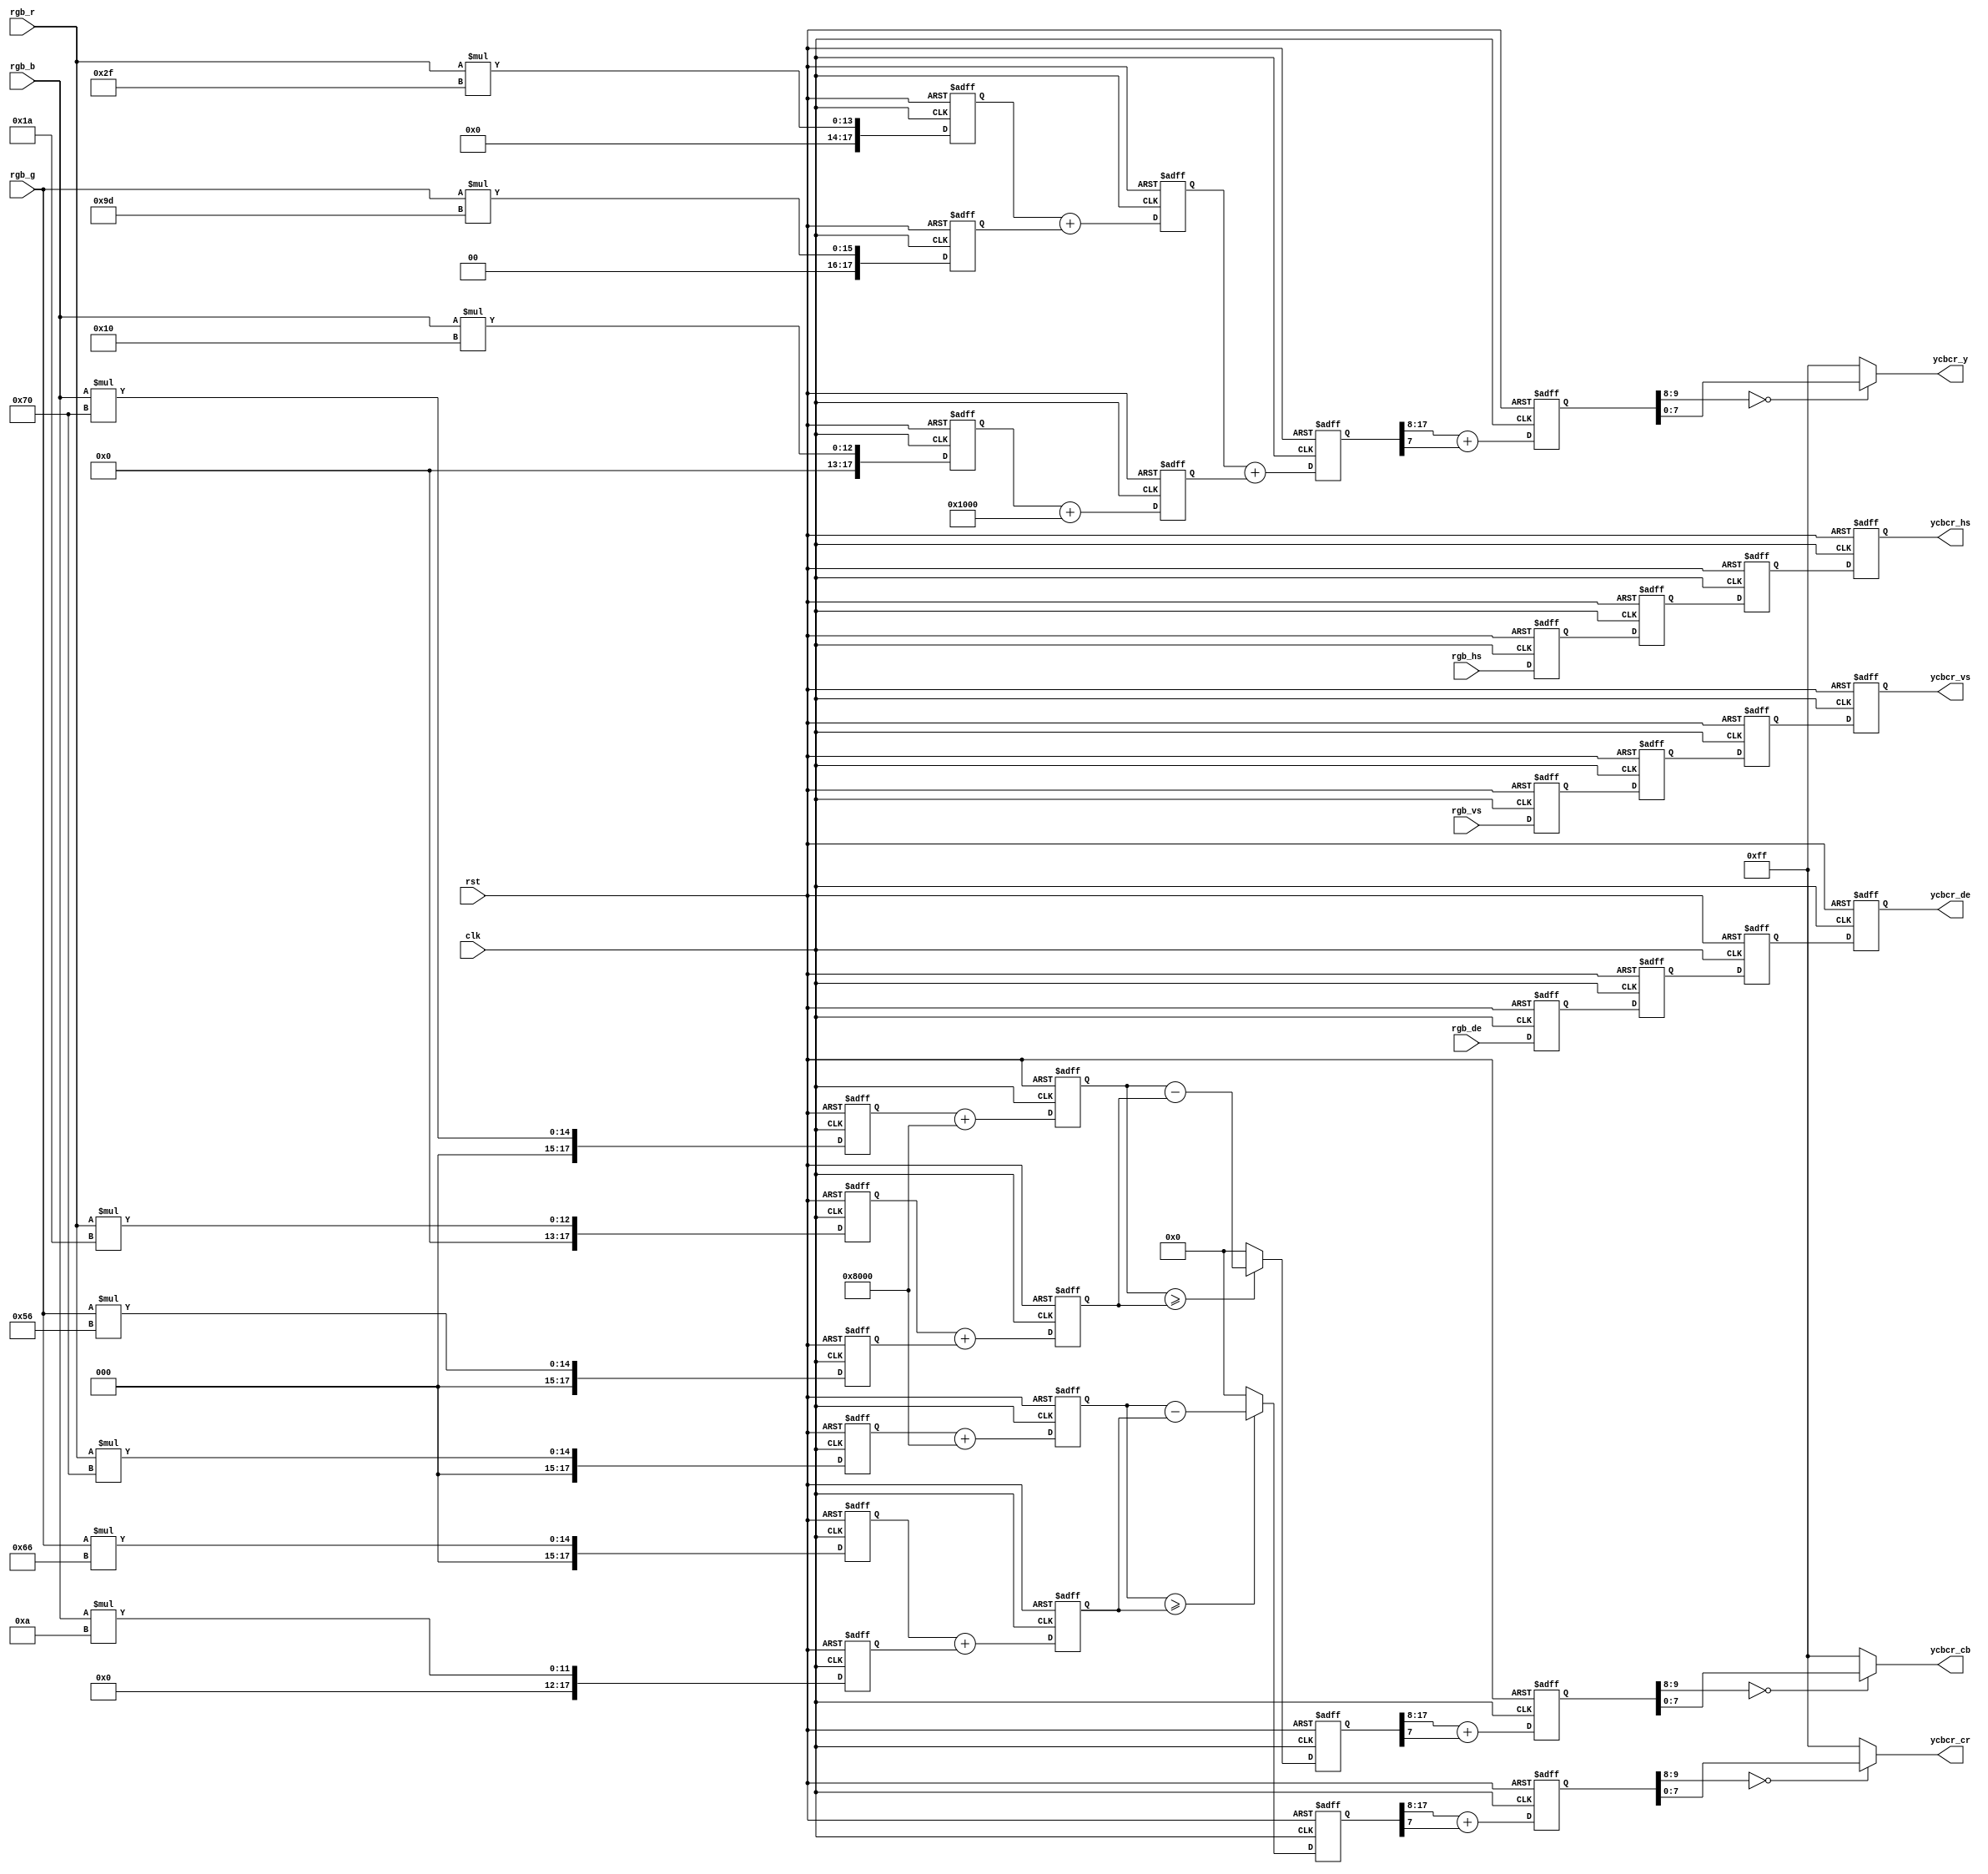
//////////////////////////////////////////////////////////////////////////////////
//                                                                              //
//                                                                              //
//          msq@qq.com                                                          //
//          ALINX(shanghai) Technology Co.,Ltd                                  //
//          heijin                                                              //
//     WEB: http://www.alinx.cn/                                                //
//     BBS: http://www.heijin.org/                                              //
//                                                                              //
//////////////////////////////////////////////////////////////////////////////////
//                                                                              //
// Copyright (c) 2017,ALINX(shanghai) Technology Co.,Ltd                        //
//                    All rights reserved                                       //
//                                                                              //
// This source file may be used and distributed without restriction provided    //
// that this copyright statement is not removed from the file and that any      //
// derivative work contains the original copyright notice and the associated    //
// disclaimer.                                                                  //
//                                                                              //
//////////////////////////////////////////////////////////////////////////////////
//    Y  =  0.183R + 0.614G + 0.062B + 16
//    CB = -0.101R - 0.338G + 0.439B + 128
//    CR =  0.439R - 0.399G - 0.040B + 128
//================================================================================
//  Revision History:
//  Date          By            Revision    Change Description
//--------------------------------------------------------------------------------
//  2017/7/19     meisq          1.0         Original
//*******************************************************************************/
`timescale 1ns/1ps
module  rgb_to_ycbcr(
	input                       clk,
	input                       rst,	
	input[7:0]                  rgb_r,
	input[7:0]                  rgb_g,
	input[7:0]                  rgb_b,
	input                       rgb_hs,
	input                       rgb_vs,
	input                       rgb_de,
	output[7:0]                 ycbcr_y,
	output[7:0]                 ycbcr_cb,
	output[7:0]                 ycbcr_cr,
	output reg                  ycbcr_hs,
	output reg                  ycbcr_vs,
	output reg                  ycbcr_de
);

//multiply 256
parameter para_0183_10b = 10'd47;
parameter para_0614_10b = 10'd157;
parameter para_0062_10b = 10'd16;
parameter para_0101_10b = 10'd26; 
parameter para_0338_10b = 10'd86;
parameter para_0439_10b = 10'd112;
parameter para_0399_10b = 10'd102;
parameter para_0040_10b = 10'd10;
parameter para_16_18b   = 18'd4096;
parameter para_128_18b  = 18'd32768;

wire                           sign_cb;
wire                           sign_cr;
reg[17:0]                      mult_r_for_y_18b;
reg[17:0]                      mult_r_for_cb_18b;
reg[17:0]                      mult_r_for_cr_18b;
reg[17:0]                      mult_g_for_y_18b;
reg[17:0]                      mult_g_for_cb_18b;
reg[17:0]                      mult_g_for_cr_18b;
reg[17:0]                      mult_b_for_y_18b;
reg[17:0]                      mult_b_for_cb_18b;
reg[17:0]                      mult_b_for_cr_18b;
reg[17:0]                      add_y_0_18b;
reg[17:0]                      add_cb_0_18b;
reg[17:0]                      add_cr_0_18b;
reg[17:0]                      add_y_1_18b;
reg[17:0]                      add_cb_1_18b;
reg[17:0]                      add_cr_1_18b;
reg[17:0]                      result_y_18b;
reg[17:0]                      result_cb_18b;
reg[17:0]                      result_cr_18b;
reg[9:0]                       y_tmp;
reg[9:0]                       cb_tmp;
reg[9:0]                       cr_tmp;
reg                            i_h_sync_delay_1;
reg                            i_v_sync_delay_1;
reg                            i_data_en_delay_1;
reg                            i_h_sync_delay_2;
reg                            i_v_sync_delay_2;
reg                            i_data_en_delay_2;
reg                            i_h_sync_delay_3;
reg                            i_v_sync_delay_3;
reg                            i_data_en_delay_3;
//LV1 pipeline : mult
always@(posedge clk or posedge rst)
begin
	if(rst == 1'b1)
	begin
		mult_r_for_y_18b <= 18'd0;
		mult_r_for_cb_18b <= 18'd0;
		mult_r_for_cr_18b <= 18'd0;
	end
	else
	begin
		mult_r_for_y_18b <= rgb_r * para_0183_10b;
		mult_r_for_cb_18b <= rgb_r * para_0101_10b;
		mult_r_for_cr_18b <= rgb_r * para_0439_10b;
	end
end

always@(posedge clk or posedge rst)
begin
	if(rst == 1'b1)
	begin
		mult_g_for_y_18b <= 18'd0;
		mult_g_for_cb_18b <= 18'd0;
		mult_g_for_cr_18b <= 18'd0;
	end
	else
	begin
		mult_g_for_y_18b  <= rgb_g * para_0614_10b;
		mult_g_for_cb_18b <= rgb_g * para_0338_10b;
		mult_g_for_cr_18b <= rgb_g * para_0399_10b;
	end
end
 
always@(posedge clk or posedge rst)
begin
	if(rst == 1'b1)
	begin
		mult_b_for_y_18b <= 18'd0;
		mult_b_for_cb_18b <= 18'd0;
		mult_b_for_cr_18b <= 18'd0;
	end
	else
	begin
		mult_b_for_y_18b <= rgb_b * para_0062_10b;
		mult_b_for_cb_18b <= rgb_b * para_0439_10b;
		mult_b_for_cr_18b <= rgb_b * para_0040_10b;
	end
end
//LV2 pipeline : add
always@(posedge clk or posedge rst)
begin
	if(rst == 1'b1)
	begin
		add_y_0_18b <= 18'd0;
		add_cb_0_18b <= 18'd0;
		add_cr_0_18b <= 18'd0;
		add_y_1_18b <= 18'd0;
		add_cb_1_18b <= 18'd0;
		add_cr_1_18b <= 18'd0;
	end
	else
	begin
		add_y_0_18b <= mult_r_for_y_18b + mult_g_for_y_18b;
		add_y_1_18b <= mult_b_for_y_18b + para_16_18b;
		add_cb_0_18b <= mult_b_for_cb_18b + para_128_18b;
		add_cb_1_18b <= mult_r_for_cb_18b + mult_g_for_cb_18b;
		add_cr_0_18b <= mult_r_for_cr_18b + para_128_18b;
		add_cr_1_18b <= mult_g_for_cr_18b + mult_b_for_cr_18b;
	end
end
//LV3 pipeline : y + cb + cr

assign  sign_cb = (add_cb_0_18b >= add_cb_1_18b);
assign  sign_cr = (add_cr_0_18b >= add_cr_1_18b);
always@(posedge clk or posedge rst)
begin
	if(rst == 1'b1)
	begin
		result_y_18b <= 18'd0;
		result_cb_18b <= 18'd0;
		result_cr_18b <= 18'd0;
	end
	else
	begin
		result_y_18b <= add_y_0_18b + add_y_1_18b;
		result_cb_18b <= sign_cb ? (add_cb_0_18b - add_cb_1_18b) : 18'd0;
		result_cr_18b <= sign_cr ? (add_cr_0_18b - add_cr_1_18b) : 18'd0;
	end
end

always@(posedge clk or posedge rst)
begin
	if(rst == 1'b1)
	begin
		y_tmp <= 10'd0;
		cb_tmp <= 10'd0;
		cr_tmp <= 10'd0;
	end
	else
	begin
		y_tmp  <= result_y_18b[17:8]  + {9'd0,result_y_18b[7]};
		cb_tmp <= result_cb_18b[17:8] + {9'd0,result_cb_18b[7]};
		cr_tmp <= result_cr_18b[17:8] + {9'd0,result_cr_18b[7]};
	end
end

//output
assign  ycbcr_y      = (y_tmp[9:8]  == 2'b00) ?  y_tmp[7 : 0] : 8'hFF;
assign  ycbcr_cb     = (cb_tmp[9:8] == 2'b00) ? cb_tmp[7 : 0] : 8'hFF;
assign  ycbcr_cr     = (cr_tmp[9:8] == 2'b00) ? cr_tmp[7 : 0] : 8'hFF;

always@(posedge clk or posedge rst)
begin
	if(rst == 1'b1)
	begin
		i_h_sync_delay_1  <= 1'b0;
		i_v_sync_delay_1  <= 1'b0;
		i_data_en_delay_1 <= 1'b0;
		i_h_sync_delay_2  <= 1'b0;
		i_v_sync_delay_2  <= 1'b0;
		i_data_en_delay_2 <= 1'b0;
		i_h_sync_delay_3  <= 1'b0;
		i_v_sync_delay_3  <= 1'b0;
		i_data_en_delay_3 <= 1'b0;
		ycbcr_hs <= 1'b0;
		ycbcr_vs <= 1'b0;
		ycbcr_de <= 1'b0;
	end
	else
	begin
		i_h_sync_delay_1  <= rgb_hs;
		i_v_sync_delay_1  <= rgb_vs;
		i_data_en_delay_1 <= rgb_de;
		i_h_sync_delay_2  <= i_h_sync_delay_1;
		i_v_sync_delay_2  <= i_v_sync_delay_1;
		i_data_en_delay_2 <= i_data_en_delay_1;
		i_h_sync_delay_3  <= i_h_sync_delay_2;
		i_v_sync_delay_3  <= i_v_sync_delay_2;
		i_data_en_delay_3 <= i_data_en_delay_2;
		ycbcr_hs <= i_h_sync_delay_3;
		ycbcr_vs <= i_v_sync_delay_3;
		ycbcr_de <= i_data_en_delay_3;
	end
	
end
/********************************************************************************************/
endmodule